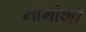
નામોશી